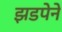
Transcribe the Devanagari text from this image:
झडपेने